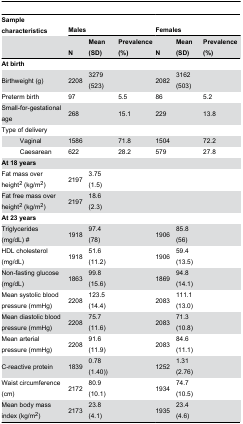
<table><thead><tr><td colspan="2"><b>Sample characteristics</b></td><td colspan="3"><b>Males</b></td><td colspan="3"><b>Females</b></td></tr><tr><td colspan="2"></td><td><b>N</b></td><td><b>Mean (SD)</b></td><td><b>Prevalence (%)</b></td><td><b>N</b></td><td><b>Mean (SD)</b></td><td><b>Prevalence (%)</b></td></tr></thead><tbody><tr><td colspan="2"><b>At birth</b></td><td></td><td></td><td></td><td></td><td></td><td></td></tr><tr><td colspan="2">Birthweight (g)</td><td>2208</td><td>3279 (523)</td><td></td><td>2082</td><td>3162 (503)</td><td></td></tr><tr><td colspan="2">Preterm birth</td><td>97</td><td></td><td>5.5</td><td>86</td><td></td><td>5.2</td></tr><tr><td colspan="2">Small-for-gestational age</td><td>268</td><td></td><td>15.1</td><td>229</td><td></td><td>13.8</td></tr><tr><td colspan="2">Type of delivery</td><td></td><td></td><td></td><td></td><td></td><td></td></tr><tr><td></td><td>Vaginal</td><td>1586</td><td></td><td>71.8</td><td>1504</td><td></td><td>72.2</td></tr><tr><td></td><td>Caesarean</td><td>622</td><td></td><td>28.2</td><td>579</td><td></td><td>27.8</td></tr><tr><td colspan="2"><b>At 18 years</b></td><td></td><td></td><td></td><td></td><td></td><td></td></tr><tr><td colspan="2">Fat mass over height<sup>2</sup> (kg/m<sup>2</sup>)</td><td>2197</td><td>3.75 (1.5)</td><td></td><td></td><td></td><td></td></tr><tr><td colspan="2">Fat free mass over height<sup>2</sup> (kg/m<sup>2</sup>)</td><td>2197</td><td>18.6 (2.3)</td><td></td><td></td><td></td><td></td></tr><tr><td colspan="2"><b>At 23 years</b></td><td></td><td></td><td></td><td></td><td></td><td></td></tr><tr><td colspan="2">Triglycerides (mg/dL) #</td><td>1918</td><td>97.4 (78)</td><td></td><td>1906</td><td>85.8 (56)</td><td></td></tr><tr><td colspan="2">HDL cholesterol (mg/dL)</td><td>1918</td><td>51.6 (11.2)</td><td></td><td>1906</td><td>59.4 (13.5)</td><td></td></tr><tr><td colspan="2">Non-fasting glucose (mg/dL)</td><td>1863</td><td>99.8 (15.6)</td><td></td><td>1869</td><td>94.8 (14.1)</td><td></td></tr><tr><td colspan="2">Mean systolic blood pressure (mmHg)</td><td>2208</td><td>123.5 (14.4)</td><td></td><td>2083</td><td>111.1 (13.0)</td><td></td></tr><tr><td colspan="2">Mean diastolic blood pressure (mmHg)</td><td>2208</td><td>75.7 (11.6)</td><td></td><td>2083</td><td>71.3 (10.8)</td><td></td></tr><tr><td colspan="2">Mean arterial pressure (mmHg)</td><td>2208</td><td>91.6 (11.9)</td><td></td><td>2083</td><td>84.6 (11.1)</td><td></td></tr><tr><td colspan="2">C-reactive protein</td><td>1839</td><td>0.78 (1.40))</td><td></td><td>1252</td><td>1.31 (2.76)</td><td></td></tr><tr><td colspan="2">Waist circumference (cm)</td><td>2172</td><td>80.9 (10.1)</td><td></td><td>1934</td><td>74.7 (10.5)</td><td></td></tr><tr><td colspan="2">Mean body mass index (kg/m<sup>2</sup>)</td><td>2173</td><td>23.8 (4.1)</td><td></td><td>1935</td><td>23.4 (4.6)</td><td></td></tr></tbody></table>